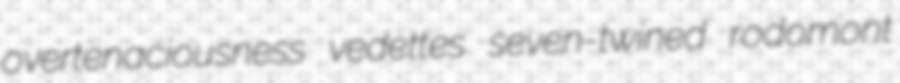
overtenaciousness vedettes seven-twined rodomont